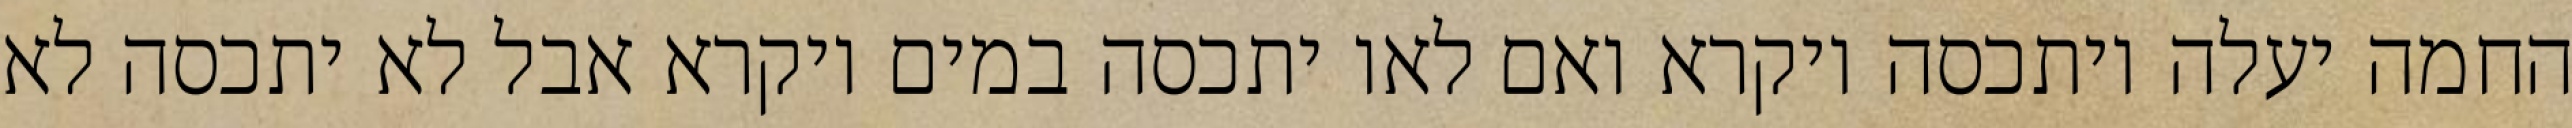
החמה יעלה ויתכסה ויקרא ואם לאו יתכסה במים ויקרא אבל לא יתכסה לא